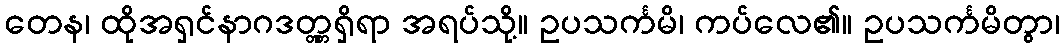
တေန၊ ထိုအရှင်နာဂဒတ္တ္တရှိရာ အရပ်သို့။ ဥပသင်္ကမိ၊ ကပ်လေ၏။ ဥပသင်္ကမိတွာ၊